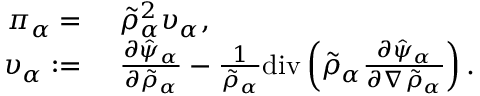
\begin{array} { r l } { \pi _ { \alpha } = } & { ~ \tilde { \rho } _ { \alpha } ^ { 2 } \upsilon _ { \alpha } , } \\ { \upsilon _ { \alpha } : = } & { ~ \frac { \partial \hat { \psi } _ { \alpha } } { \partial \tilde { \rho } _ { \alpha } } - \frac { 1 } { \tilde { \rho } _ { \alpha } } \mathrm { d i v } \left( \tilde { \rho } _ { \alpha } \frac { \partial \hat { \psi } _ { \alpha } } { \partial \nabla \tilde { \rho } _ { \alpha } } \right) . } \end{array}